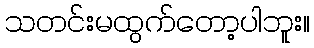
သတင်းမထွက်တော့ပါဘူး။